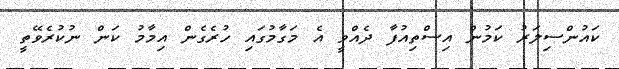
ކައުންސިލަރު ކަމުން އިސްތިއުފާ ދެއްވީ އެ މަގާމުގައި ހުރެގެން އިމާމު ކަން ނުކުރެވޭތީ